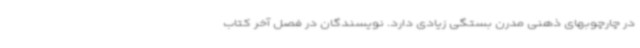
در چارچوبهای ذهنی مدرن بستگی زیادی دارد. نویسندگان در فصل آخر کتاب